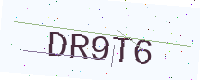
Text: DR9T6